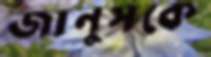
জানুসকে